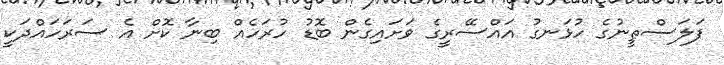
ފަލަސްޠީނުގެ ހުޅަނގު އައްސޭރީގެ ވަށައިގެން ބޮޑު ހުރަހެއް ބިނާ ކޮށް އެ ސަރަހައްދަކީ